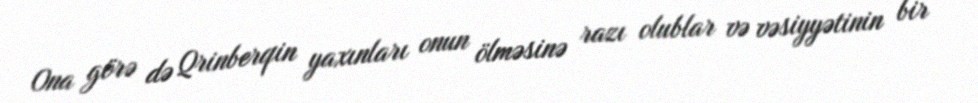
Ona görə də Qrinberqin yaxınları onun ölməsinə razı olublar və vəsiyyətinin bir